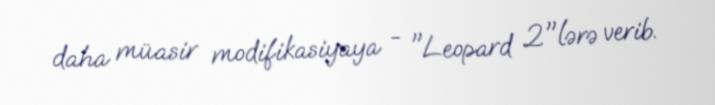
daha müasir modifikasiyaya - "Leopard 2"lərə verib.